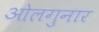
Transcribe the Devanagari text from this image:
ओलगुनार